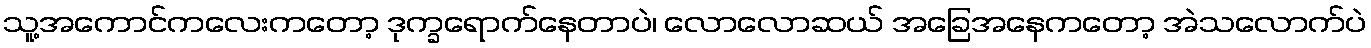
သူ့အကောင်ကလေးကတော့ ဒုက္ခရောက်နေတာပဲ၊ လောလောဆယ် အခြေအနေကတော့ အဲသလောက်ပဲ